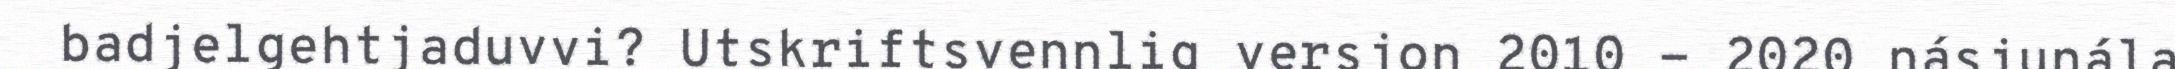
badjelgehtjaduvvi? Utskriftsvennlig versjon 2010 - 2020 násjunála